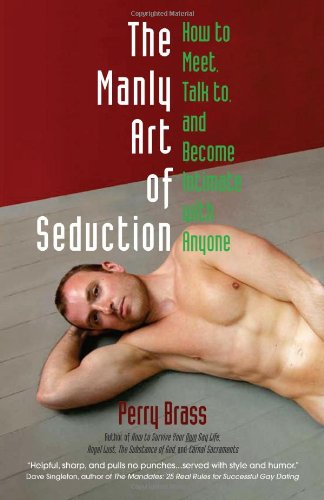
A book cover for The Manly Art of Seduction, How to Meet, Talk To, and Become Intimate with Anyone; Perry Brass; Gay & Lesbian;